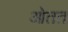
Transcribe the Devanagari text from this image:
ओतत